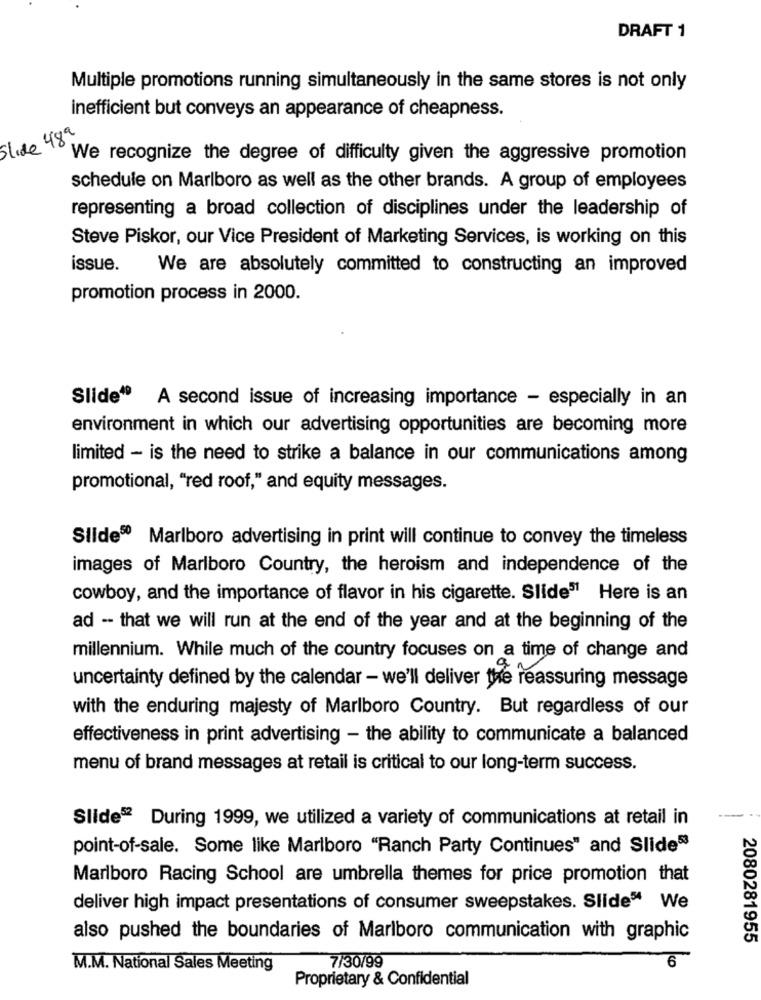
DRAFT 1
Multiple promotions running simultaneously in the same stores is not only
inefficient but conveys an appearance of cheapness.
Slide 489
We recognize the degree of difficulty given the aggressive promotion
schedule on Marlboro as well as the other brands. A group of employees
representing a broad collection of disciplines under the leadership of
Steve Piskor, our Vice President of Marketing Services, is working on this
issue.
We are absolutely committed to constructing an improved
promotion process in 2000.
Slide“ A second issue of increasing importance - especially in an
environment in which our advertising opportunities are becoming more
limited - is the need to strike a balance in our communications among
promotional, "red roof," and equity messages.
Slides0 Marlboro advertising in print will continue to convey the timeless
images of Marlboro Country, the heroism and independence of the
cowboy, and the importance of flavor in his cigarette. Slide5" Here is an
ad - that we will run at the end of the year and at the beginning of the
millennium. While much of the country focuses on a time of change and
uncertainty defined by the calendar - we'll deliver the reassuring message
with the enduring majesty of Marlboro Country. But regardless of our
effectiveness in print advertising - the ability to communicate a balanced
menu of brand messages at retail is critical to our long-term success.
Slide52 During 1999, we utilized a variety of communications at retail in
point-of-sale. Some like Marlboro "Ranch Party Continues" and Slides
Marlboro Racing School are umbrella themes for price promotion that
deliver high impact presentations of consumer sweepstakes. Slide“ We
also pushed the boundaries of Marlboro communication with graphic
2080281955
7/30/99
M.M. National Sales Meeting
6
Proprietary & Confidential